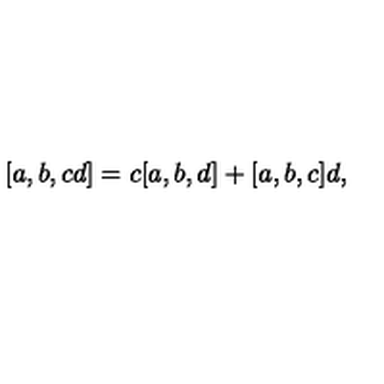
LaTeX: \lbrack a , b , c d ] = c [ a , b , d ] + [ a , b , c ] d ,